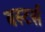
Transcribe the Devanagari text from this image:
बस्टर्स